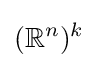
(\mathbb {R} ^{n})^{k}